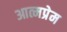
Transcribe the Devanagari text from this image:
आत्मप्रेम